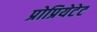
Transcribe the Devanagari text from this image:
प्रोप्रियेटेट